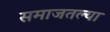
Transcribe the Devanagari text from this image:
समाजतल्या